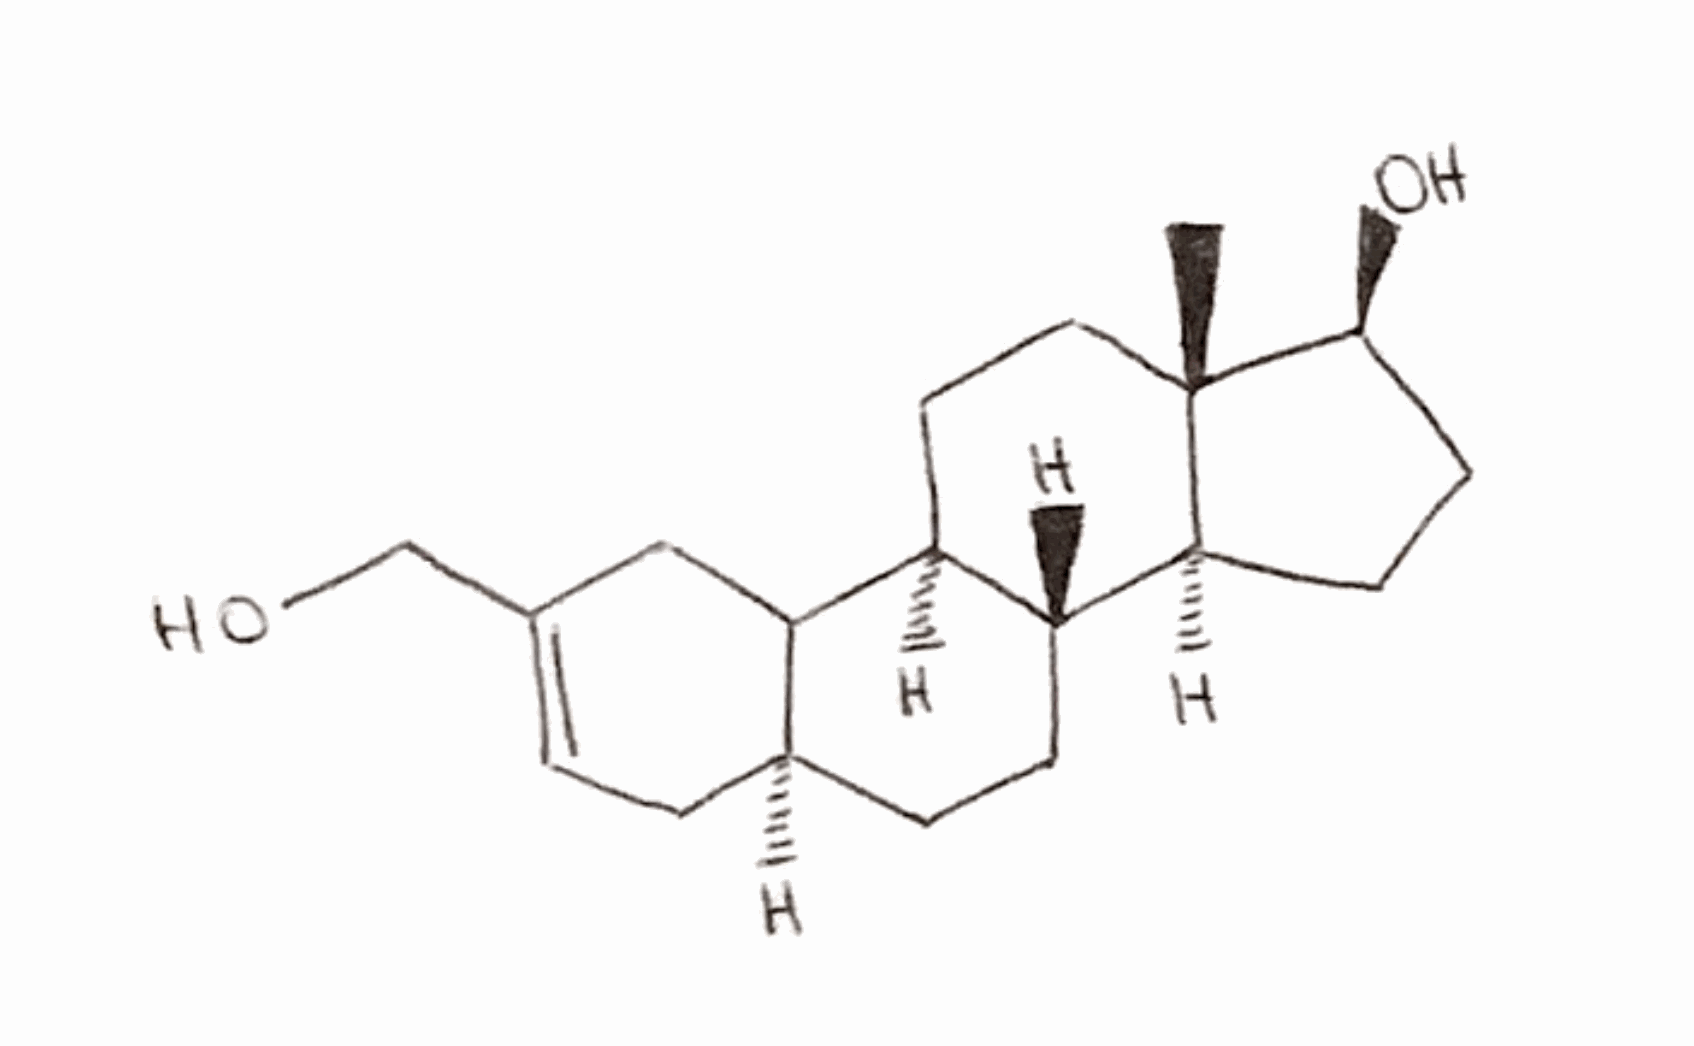
Simplified molecular-input line-entry system (SMILES) notation of the given molecule:
C[C@]12CC[C@H]3[C@H]([C@@H]1CC[C@@H]2O)CC[C@@H]4[C@@]3(CC(=CC4)CO)C